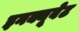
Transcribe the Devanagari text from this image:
इनक्यूबेट